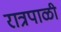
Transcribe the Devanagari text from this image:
रात्रपाळी